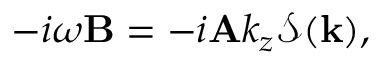
- i \omega \mathbf { B } = - i \mathbf { A } k _ { z } \mathcal { S } ( \mathbf { k } ) ,